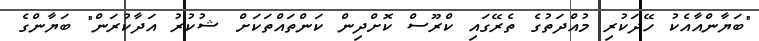
"ބަޔާންއާއެކު ހޭދަކުރި މުއްދަތުގެ ތެރޭގައި ކްރޫސް ކޮށްދިން ކަންތައްތަކަށް ޝުކުރު އަދާކުރަން" ބަޔާންގެ